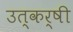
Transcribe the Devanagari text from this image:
उत्कर्षी